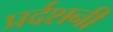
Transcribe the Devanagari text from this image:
प्रर्दशनी